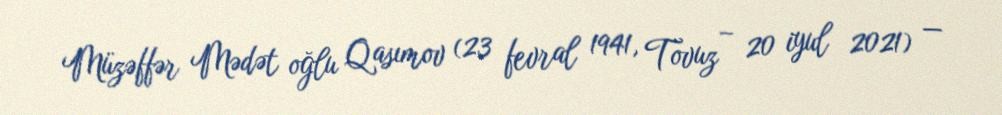
Müzəffər Mədət oğlu Qasımov (23 fevral 1941, Tovuz – 20 iyul 2021) —